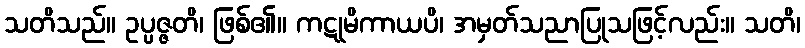
သတိသည်။ ဥပ္ပဇ္ဇတိ၊ ဖြစ်၏။ ကဋုမိကာယပိ၊ အမှတ်သညာပြုသဖြင့်လည်း။ သတိ၊